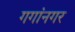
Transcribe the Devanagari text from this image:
गगांनगर